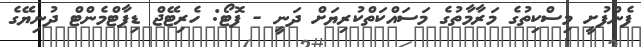
ފެންފުށީ މިސްކިތުގެ މަރާމާތުގެ މަސައްކަތްކުރިޔަށް ދަނީ - ފޮޓޯ: ހެރިޓޭޖް ޑިޕާޓްމެންޓް ދުނިޔޭގެ